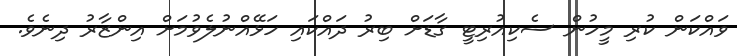
ވައްކަން ކުރި މީހުން ސެކިއުރިޓީ ގާޑަށް ބިރު ދައްކައި ހަޅޭއްނުލެވުމަށް އިންޒާރު ދިނެވެ.